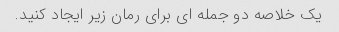
یک خلاصه دو جمله ای برای رمان زیر ایجاد کنید.